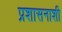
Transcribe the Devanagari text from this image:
प्रशासनाशी